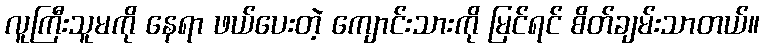
လူကြီးသူမကို နေရာ ဖယ်ပေးတဲ့ ကျောင်းသားကို မြင်ရင် စိတ်ချမ်းသာတယ်။